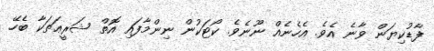
ފާޑުކިޔަން ވާނެ އެވެ. އެހެނެއް ނޫނެވެ. ކޯޓަކުން ނިންމާފައި އޮތް ޝަރީޢަތަކާ ބެހޭ